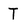
Character: T